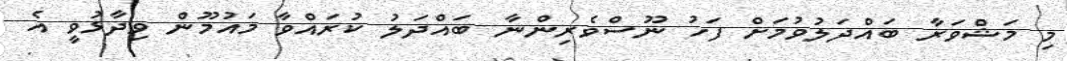
މި މަޝްވަރާ ބައްދަލުވުމަށް ފަހު ނޫސްވެރިންނާ ބައްދަލު ކުރައްވާ މައުމޫން ވިދާޅުވީ އެ